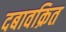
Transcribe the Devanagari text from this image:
दबावक्रित